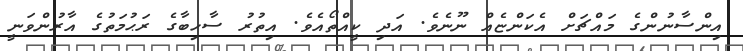
އިންސާނުންގެ މައްޗަށް އެކަންޏެއް ނޫނެވެ. އަދި ކީއްތޯއެވެ. އިތުރު ސާހިބާގެ ރަޙުމަތުގެ އާރުންވަނީ